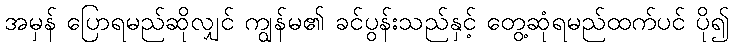
အမှန် ပြောရမည်ဆိုလျှင် ကျွန်မ၏ ခင်ပွန်းသည်နှင့် တွေ့ဆုံရမည်ထက်ပင် ပို၍